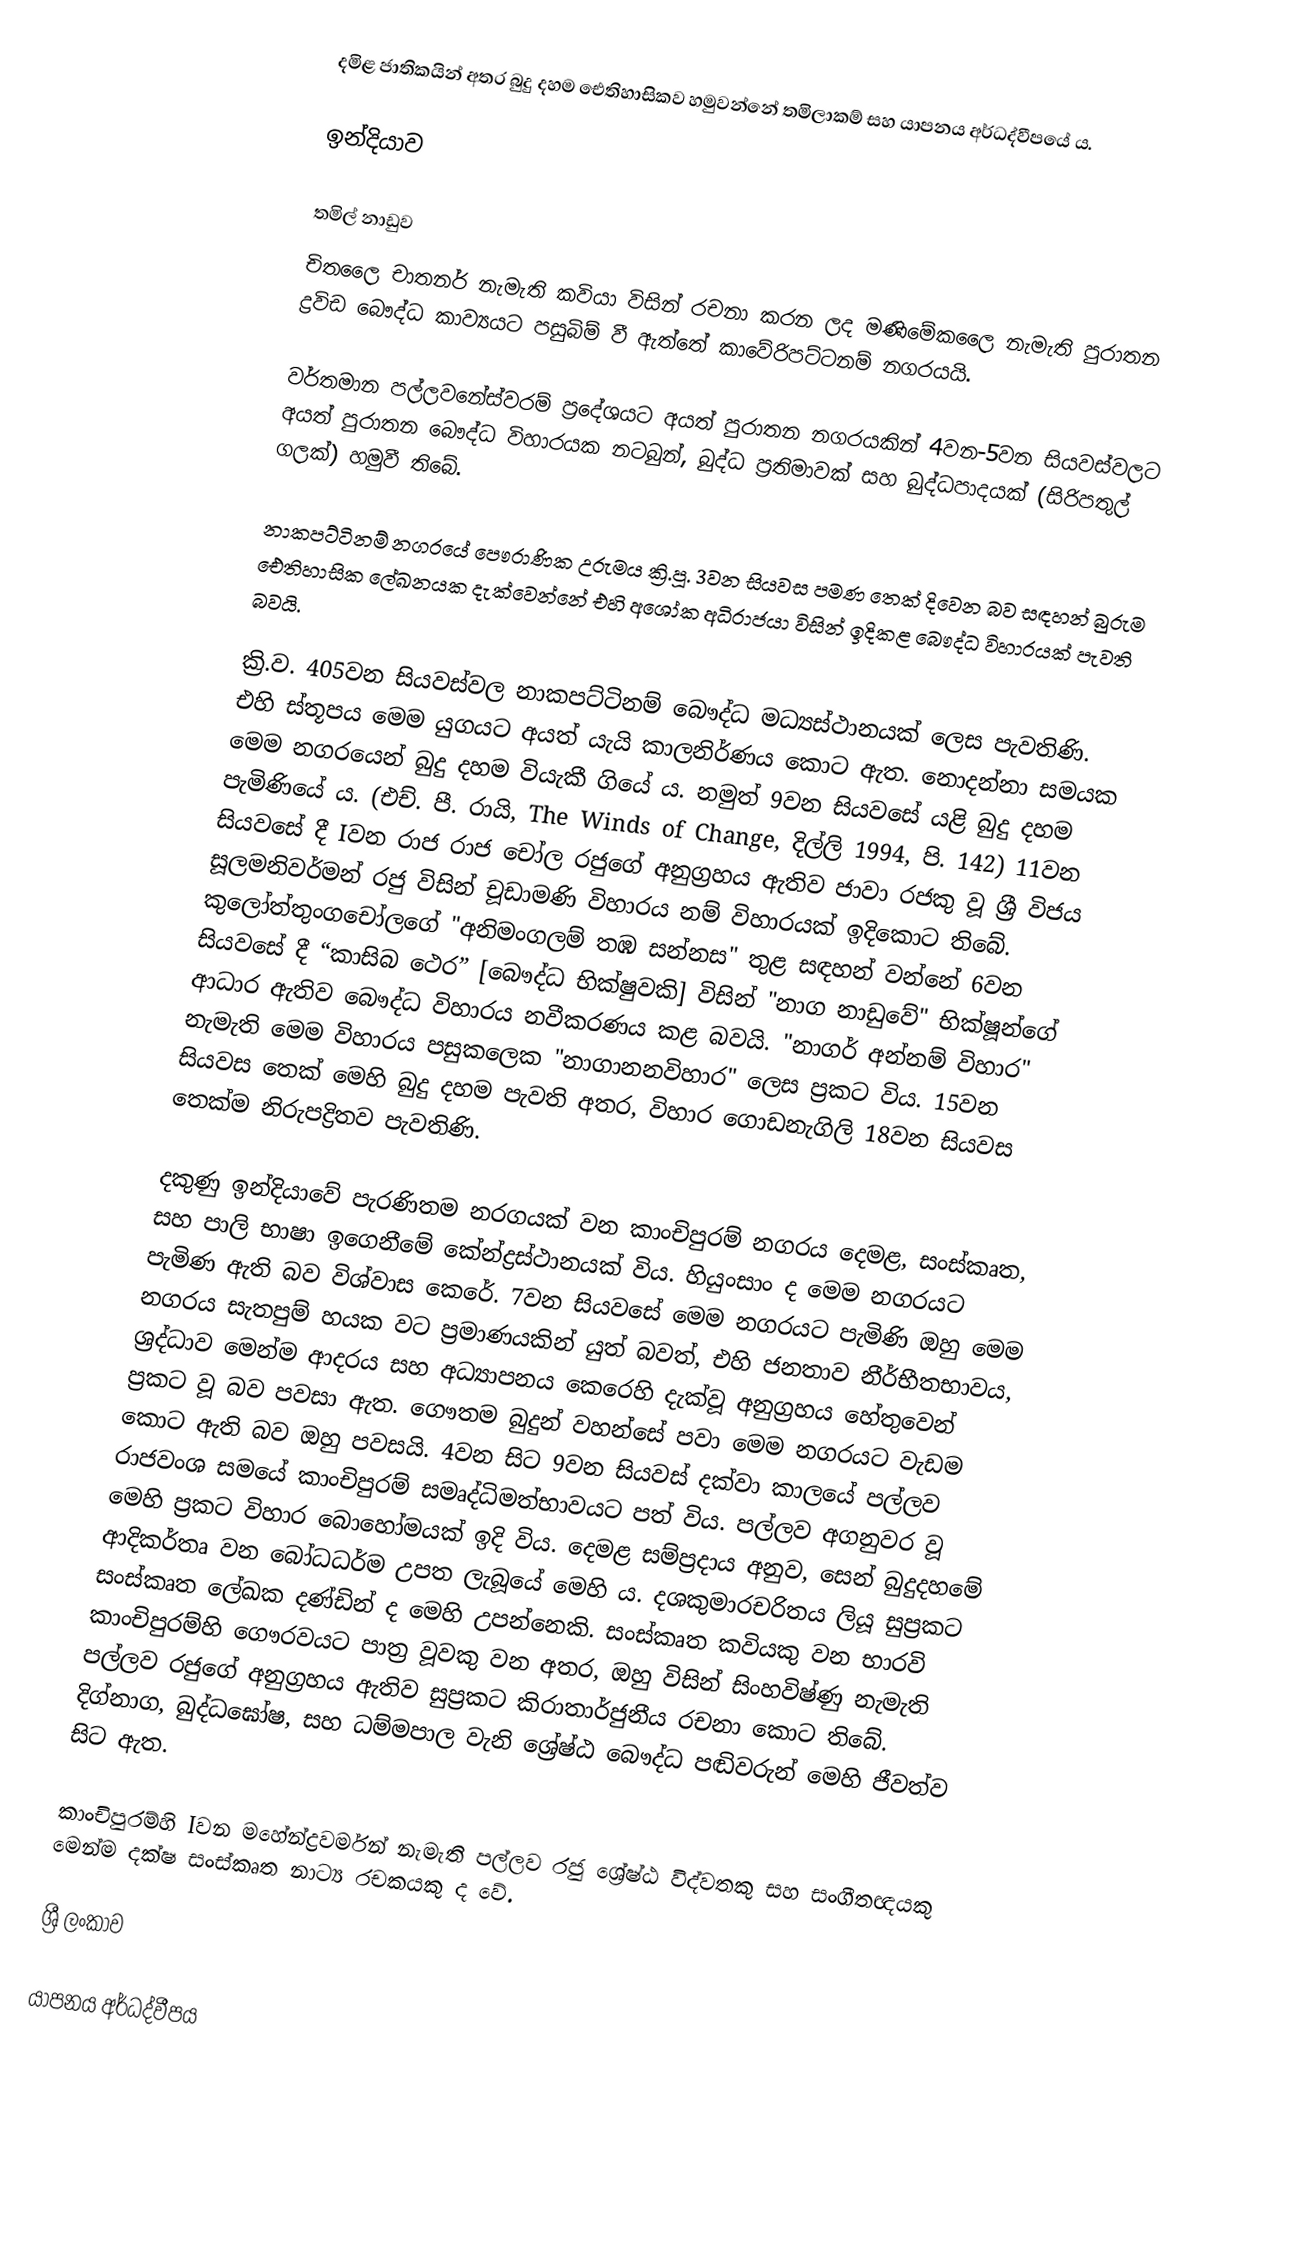
දමිළ ජාතිකයින් අතර බුදු දහම ඓතිහාසිකව හමුවන්නේ තමිලාකම් සහ යාපනය අර්ධද්වීපයේ ය.

ඉන්දියාව

තමිල් නාඩුව
චිතලෛ චාතනර් නැමැති කවියා විසින් රචනා කරන ලද මණිමේකලෛ නැමැති පුරාතන ‍ද්‍රවිඩ බෞද්ධ කාව්‍යයට පසුබිම් වී ඇත්තේ කාවේරිපට්ටනම් නගරයයි.

වර්තමාන පල්ලවනේස්වරම් ප්‍රදේශයට අයත් පුරාතන නගරයකින් 4වන-5වන සියවස්වලට අයත් පුරාතන බෞද්ධ විහාරයක නටබුන්, බුද්ධ ප්‍රතිමාවක් සහ බුද්ධපාදයක් (සිරිපතුල් ගලක්) හමුවී තිබේ.

නාකපට්ටිනම් නගරයේ පෞරාණික උරුමය ක්‍රි.පූ. 3වන සියවස පමණ තෙක් දිවෙන බව සඳහන් බුරුම ඓතිහාසික ලේඛනයක දැක්වෙන්නේ එහි අශෝක අධිරාජයා විසින් ඉදිකළ බෞද්ධ විහාරයක් පැවති බවයි.

ක්‍රි.ව. 405වන සියවස්වල නාකපට්ටිනම් බෞද්ධ මධ්‍යස්ථානයක් ලෙස පැවතිණි. එහි ස්තූපය මෙම යුගයට අයත් යැයි කාලනිර්ණය කොට ඇත. නොදන්නා සමයක මෙම නගරයෙන් බුදු දහම වියැකී ගියේ ය. නමුත් 9වන සියවසේ යළි බුදු දහම පැමිණියේ ය. (එච්. පී. රායි, The Winds of Change, දිල්ලි 1994, පි. 142) 11වන සියවසේ දී Iවන රාජ රාජ චෝල රජුගේ අනුග්‍රහය ඇතිව ජාවා රජකු වූ ශ්‍රී විජය සූලමනිවර්මන් රජු විසින් චූඩාමණි විහාරය නම් විහාරයක් ඉදිකොට ‍තිබේ. කුලෝත්තුංගචෝලගේ "අනිමංගලම් තඹ සන්නස" තුළ සඳහන් වන්නේ 6වන සියවසේ දී “කාසිබ ථෙර” [බෞද්ධ භික්ෂුවකි] විසින් "නාග නාඩුවේ" භික්ෂූන්ගේ ආධාර ඇතිව බෞද්ධ විහාරය නවීකරණය කළ බවයි. "නාගර් අන්නම් විහාර" නැමැති මෙම විහාරය පසුකලෙක "නාගානනවිහාර" ලෙස ප්‍රකට විය. 15වන සියවස තෙක් මෙහි බුදු දහම පැවති අතර, විහාර ගොඩනැගිලි 18වන සියවස තෙක්ම නිරුපද්‍රිතව පැවතිණි.

දකුණු ඉන්දියාවේ පැරණිතම නරගයක් වන කාංචිපුරම් නගරය දෙමළ, සංස්කෘත, සහ පාලි භාෂා ඉගෙනීමේ කේන්ද්‍රස්ථානයක් විය. හියුංසාං ද මෙම නගරයට පැමිණ ඇති බව විශ්වාස කෙරේ. 7වන සියවසේ මෙම නගරයට පැමිණි ඔහු මෙම නගරය සැතපුම් හයක වට ප්‍රමාණයකින් යුත් බවත්, එහි ජනතාව නීර්භීතභාවය, ශ්‍රද්ධාව මෙන්ම ආදරය සහ අධ්‍යාපනය කෙරෙහි දැක්වූ අනුග්‍රහය හේතුවෙන් ප්‍රකට වූ බව පවසා ඇත. ‍ගෞතම බුදුන් වහන්සේ පවා මෙම නගරයට වැඩම කොට ඇති බව ඔහු පවසයි. 4වන සිට 9වන සියවස් දක්වා කාලයේ පල්ලව රාජවංශ සමයේ කාංචිපුරම් සමෘද්ධිමත්භාවයට පත් විය. පල්ලව අගනුවර වූ මෙහි ප්‍රකට විහාර බොහෝමයක් ඉදි විය. දෙමළ සම්ප්‍රදාය අනුව, සෙන් බුදුදහමේ ආදිකර්තෘ වන බෝධධර්ම උපත ලැබූයේ මෙහි ය. දශකුමාරචරිතය ලියූ සුප්‍රකට සංස්කෘත ලේඛක දණ්ඩින් ද මෙහි උපන්නෙකි. සංස්කෘත කවියකු වන භාරවි කාංචිපුරම්හි ගෞරවයට පාත්‍ර වූවකු වන අතර, ඔහු විසින් සිංහවිෂ්ණු නැමැති පල්ලව රජුගේ අනුග්‍රහය ඇතිව සුප්‍රකට කිරාතාර්ජුනීය රචනා කොට තිබේ. දිග්නාග, බුද්ධඝෝෂ, සහ ධම්මපාල වැනි ශ්‍රේෂ්ඨ බෞද්ධ පඬිවරුන් මෙහි ජීවත්ව සිට ඇත.

කාංචිපුරම්හි Iවන මහේන්ද්‍රවර්මන් නැමැති පල්ලව රජු ශ්‍රේෂ්ඨ විද්වතකු සහ සංගීතඥයකු මෙන්ම දක්ෂ සංස්කෘත නාට්‍ය රචකයකු ද වේ.

ශ්‍රී ලංකාව

යාපනය අර්ධද්වීපය